Report on plague in the Punjab from October 1st ... to September 30th ..., being the ... season of plague in the province
Disease focus: Plague
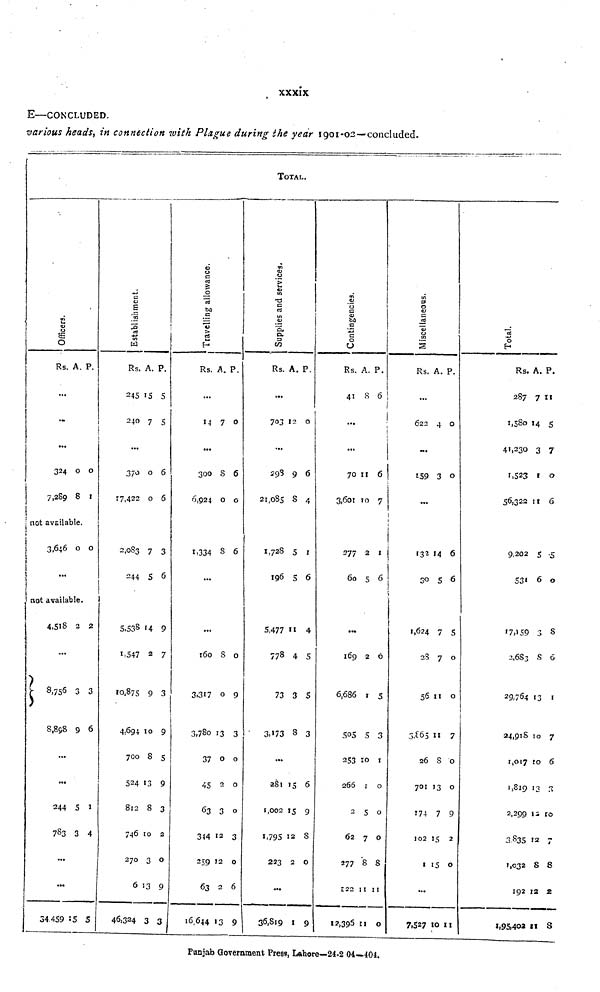
xxxix
E—CONCLUDED.
various beads, in connection with Plague during the year 1901-02—concluded-
TOTAL.
Officers.
Rs.
...
...
...
324
7,289
A.
0
8
P.
0
1
not available.
3,646
...
0 0
not available.
4,518
...
8,756
8,898
...
...
244
783
...
...
34.459
2
3
9
5
3
15
2
3
6
1
4
5
Establishment.
Rs.
245
240
...
370
17.422
2,083
244
5,538
1,547
10,875
4,694
700
524
812
746
270
6
46,324
A.
15
7
0
0
7
5
14
2
9
10
8
13
8
10
3
13
3
P.
5
5
6
6
3
6
9
7
3
9
5
9
3
2
0
9
3
Travelling allowance.
Rs.
...
14
...
300
6,924
1,334
...
...
16o
3.317
3,780
37
45
63
344
259
63
16,644
A.
7
8
0
8
8
0
0
2
3
12
12
13
p.
0
6
0
6
0
9
3
0
0
0
3
0
6
9
Supplies and services.
Rs.
...
703
...
298
21,085
1,728
196
5,477
778
73
3,173
...
281
1,002
1,795
223
36,819
A.
12
9
8
5
5
11
4
3
8
15
15
12
2
1
P.
0
6
4
1
6
4
5
5
3
6
9
8
0
0
Contingencies.
Rs.
41
...
...
70
3,601
277
60
...
169
6,686
505
253
266
2
62
277
122
)
12.396
A.
8
11
10
2
5
2
1
5
10
1
5
7
8
11
11
P.
6
6
7
1
6
0
5
3
1
0
0
0
8
11
0
Miscellaneous.
Rs.
...
622
...
159
...
132
30
1,624
28
56
26
701
171
102
1
...
7,527
A.
4
3
14
5
7
7
i 11
11
8
13
7
15
15
10
P.
0
0
6
6
5
0
0
7
0
0
9
2
0
11
Total.
Rs.
287
1,580
41,230
1,523
56,322
9,202
531
17,159
2.683
29,764
24,918
1,017
1.819
2,299
3,835
1,032
192
1,95,402
A.
7
14
3
1
11
5
6
3
8
13
10
10
13
12
12
8
12
11
P.
11
5
7
0
6
5
0
8
6
1
7
6
3
10
7
8
2
8
Punjab Government Press, Lahore—24.2 04—401.